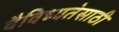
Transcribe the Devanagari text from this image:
वैविध्यतेसाठी